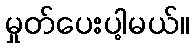
မှုတ်ပေးပါ့မယ်။